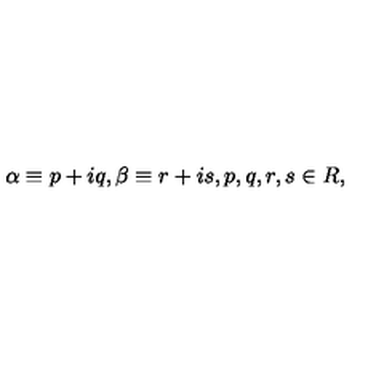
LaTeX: \alpha \equiv p + i q , \beta \equiv r + i s , p , q , r , s \in { \boldmath R } ,